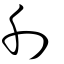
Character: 刋